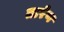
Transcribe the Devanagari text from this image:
तारेण